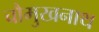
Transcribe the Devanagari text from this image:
चौमुखनाथ